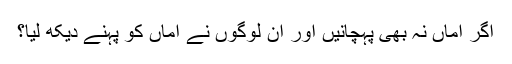
اگر اماں نہ بھی پہچانیں اور ان لوگوں نے اماں کو پہنے دیکھ لیا؟